Leaving Certificate Examination, 1915
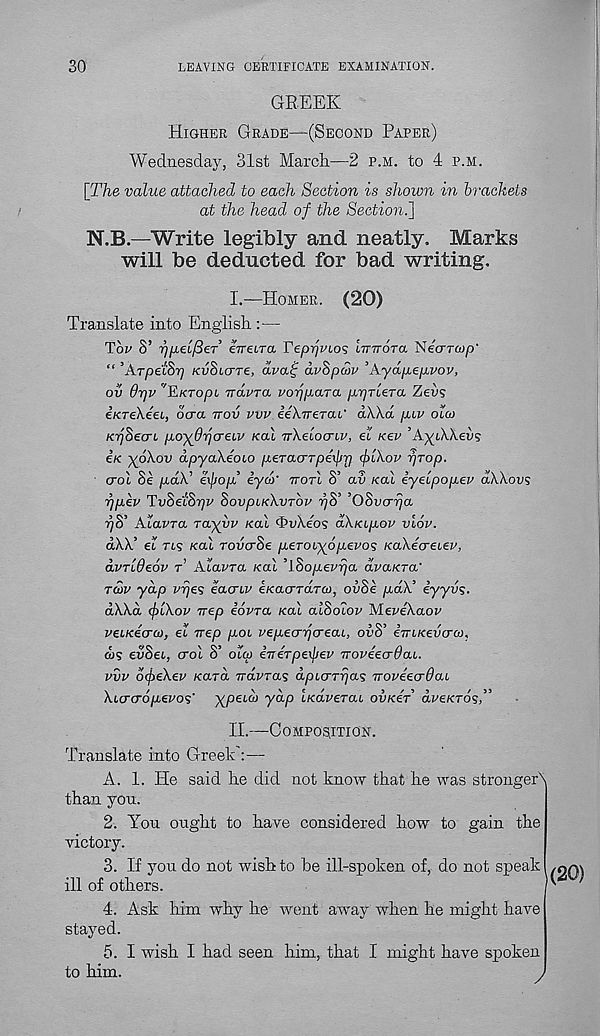
30
LEAVING CERTIFICATE EXAMINATION.
GREEK
Higher Grade—(Second Paper)
Wednesday, 31st March.—2 p.m. to 4 p.m.
\The value attached to each Section is shown in brackets
at the head of the Section.]
N.B—Write legibly and neatly, Marks
will be deducted for bad writing.
I.—Homer. (20)
Translate into English :—
Toi' S’ rj/ielfteT eimra TepujvLos UnroTa Necmwp'
“ ’Arpetbrj tcuSicrre, avai; avSpcov ’Aydpepvov,
ov Orjv ''EKTOpL vdvTa vorjpaTa pprlera Zev?
e/creA-eei, ocra irov vvv eeXTrerat’ dWd piv oloj
KijSecrL poyOrjcreiv koX TrXeiocrLV, el Kev ’A}(t\Xeus
ex yokov dpyakeoio peTacrrpeiprj fy'iAov prop.
crol Se pdX’ exfiop iyd>' ttotI 8’ av xal iyelpopev dWovs
rjpev TvSeiByjv SovpiK'kvTOv
’OSvcrrja
i)S’ AlavTa rayyv Kal <I>uXeo9 aAnipov viov.
dXX’ el rts koX rovcrSe peTOiyopevos KaXecreLev,
dvTideov t AlavTa kcli ’iSopevrja dvaKTa'
tcov yap vrjes eaaiv eKacrTarco, ov8e pd\’ eyyvs.
dXXd (f)'iXov nep iovra Kal aiSoiov MeveXaov
veiKecrw, el irep p,oi vepecrrjcreaL, ov8’ iiriKevo-w.
a)? evSee, crol 8’ olcp eneTpexpev iroveecrOai.
vvv ocpeXev Kara irdvra? dpLCTTrjas rroveecrdai
Xccrcrop.evo’?' XP ei^ V^P Ix-dverai ovKer dveKTos,”
II.—Composition.
Translate into Greek’:—-
A. 1. He said he did not know that he was strongerN
than you.
2. You ought to have considered how to gain the
victory.
3. If you do not wish to be ill-spoken of, do not speak
ill of others.
4. Ask him why he went away when he might have
stayed.
5. I wish I had seen him, that I might have spoken
to him.
,